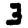
Digit: 3